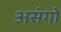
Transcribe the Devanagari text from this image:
असंगो